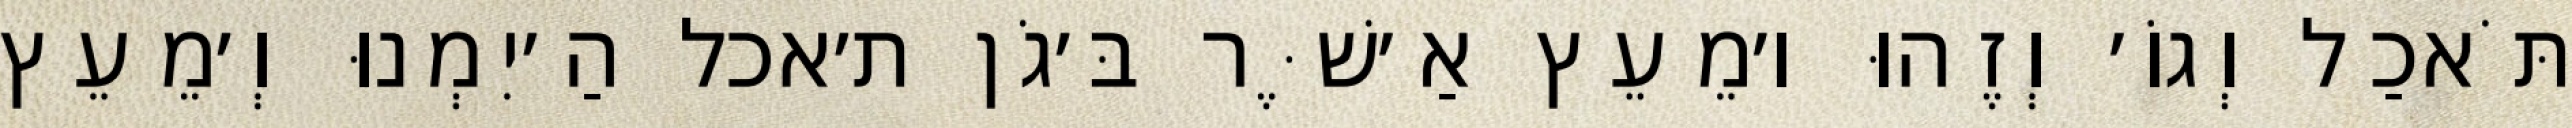
תֹּאכַל וְגוֹ׳ וְזֶהוּ ו׳מֵעֵץ אַ׳שֶּׁר בּ׳גֹן ת׳אכל הַ׳יִמְנוּ וְ׳מֵעֵץ